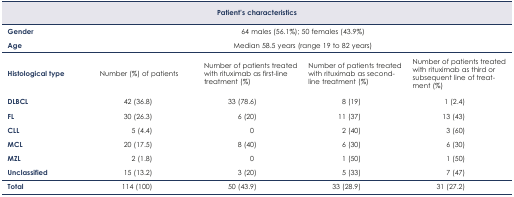
<table><thead><tr><td colspan="5"><b>Patient’s characteristics</b></td></tr><tr><td><b>Gender</b></td><td colspan="4"><b>64 males (56.1%); 50 females (43.9%)</b></td></tr><tr><td><b>Age</b></td><td colspan="4"><b>Median 58.5 years (range 19 to 82 years)</b></td></tr><tr><td><b>Histological type</b></td><td><b>Number (%) of patients</b></td><td><b>Number of patients treated with rituximab as first-line treatment (%)</b></td><td><b>Number of patients treated with rituximab as second-line treatment (%)</b></td><td><b>Number of patients treated with rituximab as third or subsequent line of treatment (%)</b></td></tr></thead><tbody><tr><td><b>DLBCL</b></td><td>42 (36.8)</td><td>33 (78.6)</td><td>8 (19)</td><td>1 (2.4)</td></tr><tr><td><b>FL</b></td><td>30 (26.3)</td><td>6 (20)</td><td>11 (37)</td><td>13 (43)</td></tr><tr><td><b>CLL</b></td><td>5 (4.4)</td><td>0</td><td>2 (40)</td><td>3 (60)</td></tr><tr><td><b>MCL</b></td><td>20 (17.5)</td><td>8 (40)</td><td>6 (30)</td><td>6 (30)</td></tr><tr><td><b>MZL</b></td><td>2 (1.8)</td><td>0</td><td>1 (50)</td><td>1 (50)</td></tr><tr><td><b>Unclassified</b></td><td>15 (13.2)</td><td>3 (20)</td><td>5 (33)</td><td>7 (47)</td></tr><tr><td><b>Total</b></td><td>114 (100)</td><td>50 (43.9)</td><td>33 (28.9)</td><td>31 (27.2)</td></tr></tbody></table>